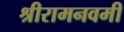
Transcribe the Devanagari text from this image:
श्रीरामनवमी